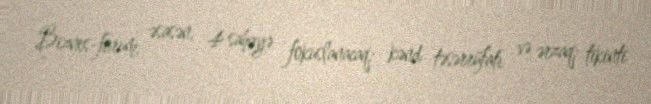
Biznes-forum, əsasən, 4 sahəyə fokuslanacaq: kənd təsərrüfatı və ərzaq; tikinti